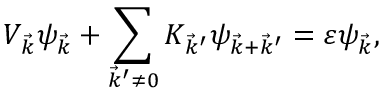
V _ { \vec { k } } \psi _ { \vec { k } } + \sum _ { \vec { k } ^ { \prime } \neq 0 } K _ { \vec { k } ^ { \prime } } \psi _ { \vec { k } + \vec { k } ^ { \prime } } = \varepsilon \psi _ { \vec { k } } ,